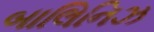
બાલિનિઝ